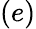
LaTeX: (e)